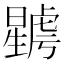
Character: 𣋮